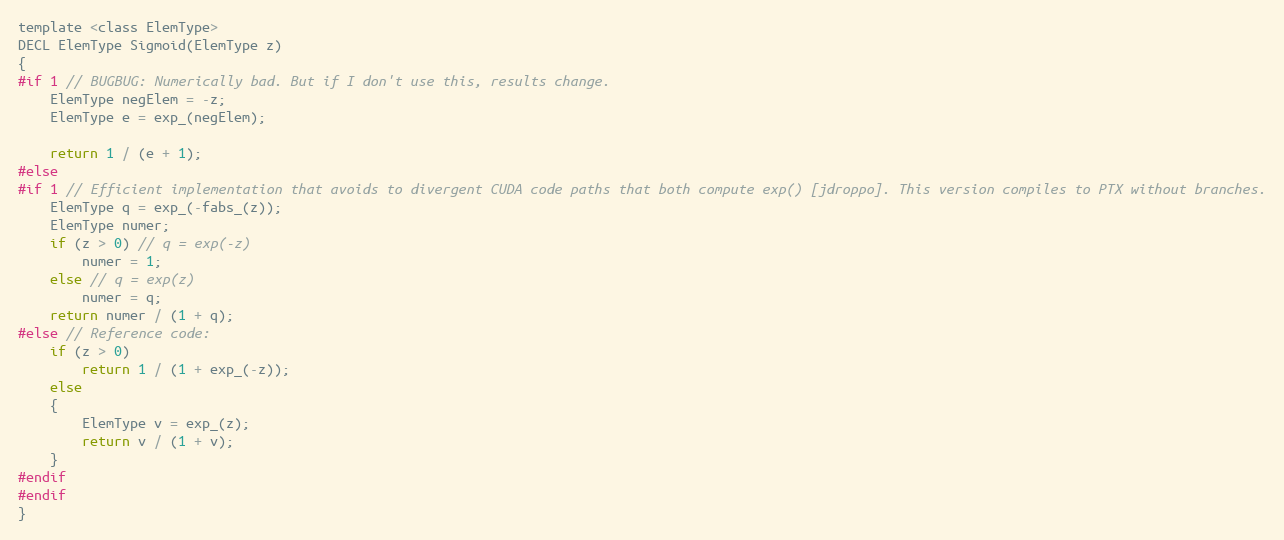
Language: C
template <class ElemType>
DECL ElemType Sigmoid(ElemType z)
{
#if 1 // BUGBUG: Numerically bad. But if I don't use this, results change.
    ElemType negElem = -z;
    ElemType e = exp_(negElem);

    return 1 / (e + 1);
#else
#if 1 // Efficient implementation that avoids to divergent CUDA code paths that both compute exp() [jdroppo]. This version compiles to PTX without branches.
    ElemType q = exp_(-fabs_(z));
    ElemType numer;
    if (z > 0) // q = exp(-z)
        numer = 1;
    else // q = exp(z)
        numer = q;
    return numer / (1 + q);
#else // Reference code:
    if (z > 0)
        return 1 / (1 + exp_(-z));
    else
    {
        ElemType v = exp_(z);
        return v / (1 + v);
    }
#endif
#endif
}